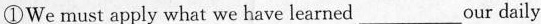
①We must apply what we have learned ___ our daily